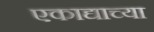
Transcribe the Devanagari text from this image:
एकाद्याच्या